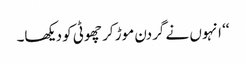
‘‘ انہوں نے گردن موڑ کر چھوٹی کو دیکھا۔